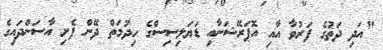
"އަދި ދަތުގެ ފަރުވާ އާއި އޮޕަރޭޝަނާއި ޑަޔަލިސިސްގެ ހިދުމަތް ދޭން ފެށި އާސަންދައިގެ